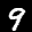
Label: 9